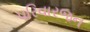
પરિવારજન